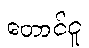
တောင်ငူ